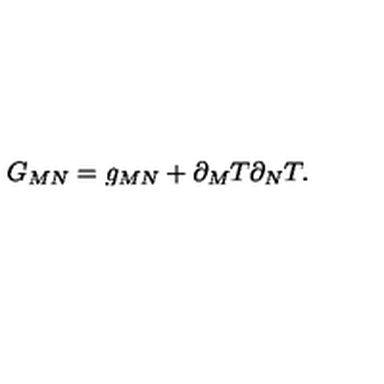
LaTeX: G _ { M N } = g _ { M N } + \partial _ { M } T \partial _ { N } T .